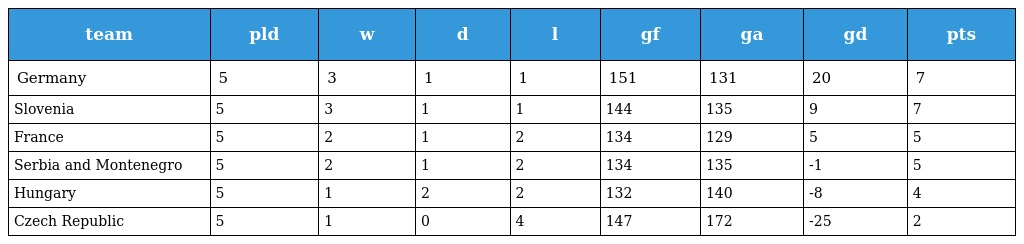
| team | pld | w | d | l | gf | ga | gd | pts |
 | --- | --- | --- | --- | --- | --- | --- | --- | --- |
 | Germany | 5 | 3 | 1 | 1 | 151 | 131 | 20 | 7 |
 | Slovenia | 5 | 3 | 1 | 1 | 144 | 135 | 9 | 7 |
 | France | 5 | 2 | 1 | 2 | 134 | 129 | 5 | 5 |
 | Serbia and Montenegro | 5 | 2 | 1 | 2 | 134 | 135 | -1 | 5 |
 | Hungary | 5 | 1 | 2 | 2 | 132 | 140 | -8 | 4 |
 | Czech Republic | 5 | 1 | 0 | 4 | 147 | 172 | -25 | 2 |